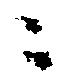
ニ